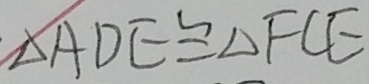
\Delta A D E \cong \Delta F C E